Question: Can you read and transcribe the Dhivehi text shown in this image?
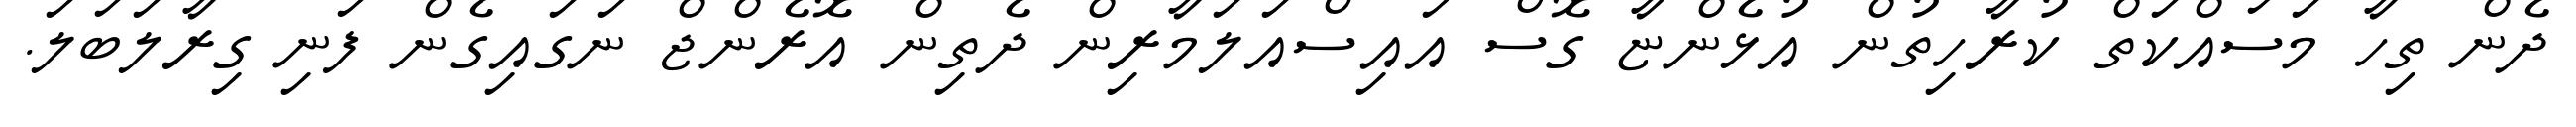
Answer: ދެން ތިހާ މަސައްކަތް ކުރާހިތުން އުޅެންޏާ ގޮސް އައިސްއަލަމާރިން ދެތިން އޮރެންޖް ނަގައިގެން ފަނި ގިރާލަބަލަ.